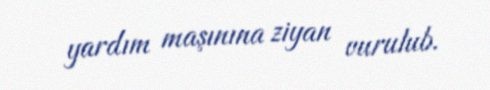
yardım maşınına ziyan vurulub.